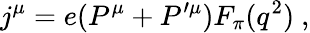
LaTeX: j^{\mu}=e(P^{\mu}+P^{\prime\mu})F_{\pi}(q^{2})\ ,